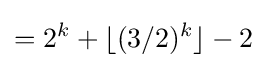
=2^{k}+\lfloor (3/2)^{k}\rfloor -2